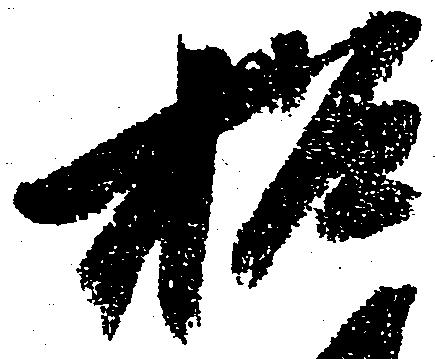
招